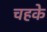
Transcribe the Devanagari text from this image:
चहके